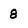
Character: 8